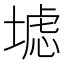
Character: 𱗠